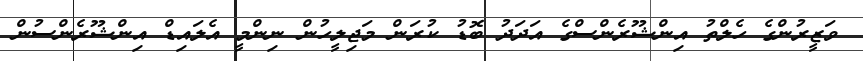
ވަޒީރުންގެ ހެލްތު އިންޝޫރެންސްގެ އަދަދު ބޮޑު ކުރަން މަޖިލީހުން ނިންމީ އެލައިޑް އިންޝޫރެންސުން